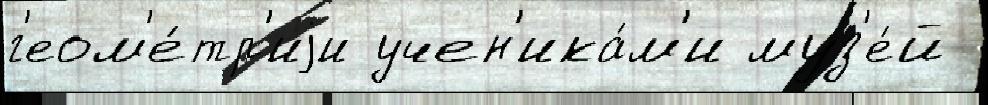
г'еом'е́тр'иjи учен'ика́м'и муз'е́й